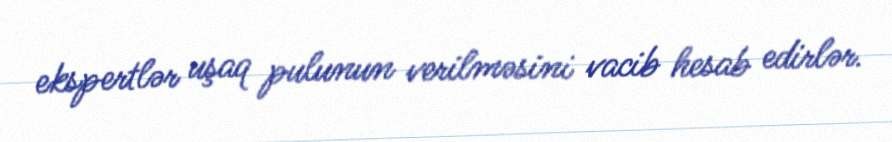
ekspertlər uşaq pulunun verilməsini vacib hesab edirlər.